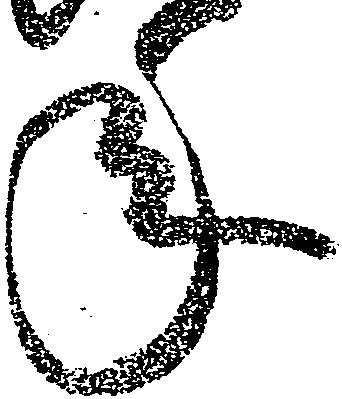
年